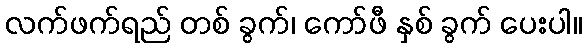
လက်ဖက်ရည် တစ် ခွက်၊ ကော်ဖီ နှစ် ခွက် ပေးပါ။